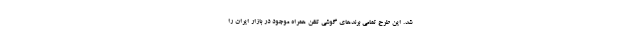
شد. این طرح تمامی برندهای گوشی تلفن همراه موجود در بازار ایران را